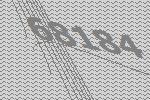
68184